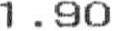
1.90